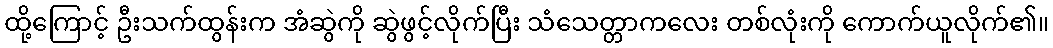
ထို့ကြောင့် ဦးသက်ထွန်းက အံဆွဲကို ဆွဲဖွင့်လိုက်ပြီး သံသေတ္တာကလေး တစ်လုံးကို ကောက်ယူလိုက်၏။